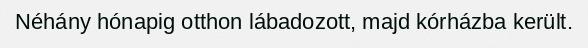
Néhány hónapig otthon lábadozott, majd kórházba került.